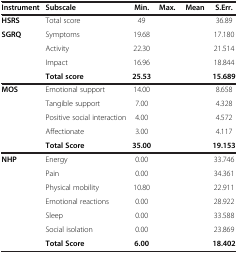
<table><thead><tr><td><b>Instrument</b></td><td><b>Subscale</b></td><td><b>Min.</b></td><td><b>Max.</b></td><td><b>Mean</b></td><td><b>S.Err.</b></td></tr></thead><tbody><tr><td><b>HSRS</b></td><td>Total score</td><td>49</td><td>[EMPTY_CELL]</td><td>[EMPTY_CELL]</td><td>36.89</td></tr><tr><td><b>SGRQ</b></td><td>Symptoms</td><td>19.68</td><td>[EMPTY_CELL]</td><td>[EMPTY_CELL]</td><td>17.180</td></tr><tr><td>[EMPTY_CELL]</td><td>Activity</td><td>22.30</td><td>[EMPTY_CELL]</td><td>[EMPTY_CELL]</td><td>21.514</td></tr><tr><td>[EMPTY_CELL]</td><td>Impact</td><td>16.96</td><td>[EMPTY_CELL]</td><td>[EMPTY_CELL]</td><td>18.844</td></tr><tr><td>[EMPTY_CELL]</td><td><b>Total score</b></td><td><b>25.53</b></td><td>[EMPTY_CELL]</td><td>[EMPTY_CELL]</td><td><b>15.689</b></td></tr><tr><td><b>MOS</b></td><td>Emotional support</td><td>14.00</td><td>[EMPTY_CELL]</td><td>[EMPTY_CELL]</td><td>8.658</td></tr><tr><td>[EMPTY_CELL]</td><td>Tangible support</td><td>7.00</td><td>[EMPTY_CELL]</td><td>[EMPTY_CELL]</td><td>4.328</td></tr><tr><td>[EMPTY_CELL]</td><td>Positive social interaction</td><td>4.00</td><td>[EMPTY_CELL]</td><td>[EMPTY_CELL]</td><td>4.572</td></tr><tr><td>[EMPTY_CELL]</td><td>Affectionate</td><td>3.00</td><td>[EMPTY_CELL]</td><td>[EMPTY_CELL]</td><td>4.117</td></tr><tr><td>[EMPTY_CELL]</td><td><b>Total Score</b></td><td><b>35.00</b></td><td>[EMPTY_CELL]</td><td>[EMPTY_CELL]</td><td><b>19.153</b></td></tr><tr><td><b>NHP</b></td><td>Energy</td><td>0.00</td><td>[EMPTY_CELL]</td><td>[EMPTY_CELL]</td><td>33.746</td></tr><tr><td>[EMPTY_CELL]</td><td>Pain</td><td>0.00</td><td>[EMPTY_CELL]</td><td>[EMPTY_CELL]</td><td>34.361</td></tr><tr><td>[EMPTY_CELL]</td><td>Physical mobility</td><td>10.80</td><td>[EMPTY_CELL]</td><td>[EMPTY_CELL]</td><td>22.911</td></tr><tr><td>[EMPTY_CELL]</td><td>Emotional reactions</td><td>0.00</td><td>[EMPTY_CELL]</td><td>[EMPTY_CELL]</td><td>28.922</td></tr><tr><td>[EMPTY_CELL]</td><td>Sleep</td><td>0.00</td><td>[EMPTY_CELL]</td><td>[EMPTY_CELL]</td><td>33.588</td></tr><tr><td>[EMPTY_CELL]</td><td>Social isolation</td><td>0.00</td><td>[EMPTY_CELL]</td><td>[EMPTY_CELL]</td><td>23.869</td></tr><tr><td>[EMPTY_CELL]</td><td><b>Total Score</b></td><td><b>6.00</b></td><td>[EMPTY_CELL]</td><td>[EMPTY_CELL]</td><td><b>18.402</b></td></tr></tbody></table>